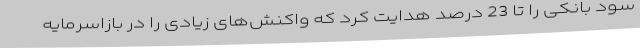
سود بانکی را تا 23 درصد هدایت کرد که واکنش‌های زیادی را در بازاسرمایه